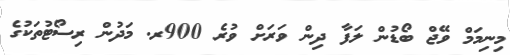
މިނިމަމް ވޭޖް ބޯޑުން ލަފާ ދިން ވަރަށް ވުރެ 900ރ. މަދުން ރިސޯޓުތަކުގެ